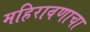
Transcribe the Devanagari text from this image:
महिरावणाचा